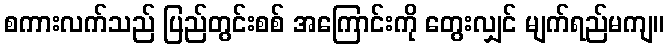
စကားလက်သည် ပြည်တွင်းစစ် အကြောင်းကို တွေးလျှင် မျက်ရည်မကျ။